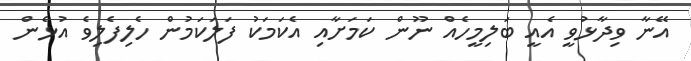
އޭނާ ވިދާޅުވީ އެއީ ބަލިމީހެއް ނޫން ކަމަށާއި އެކަމަކު ފަލަކަމުން ހެލިފެލިވެ އުޅެން